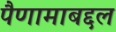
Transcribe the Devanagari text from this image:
पैणामाबद्दल